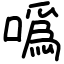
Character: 噅